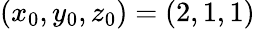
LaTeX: (x_{0},y_{0},z_{0})=(2,1,1)